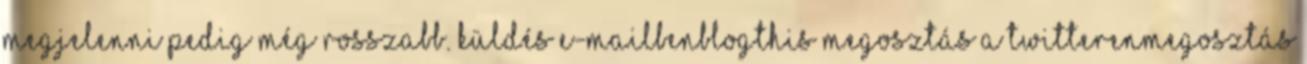
megjelenni pedig még rosszabb. Küldés e-mailbenBlogThis Megosztás a TwitterenMegosztás